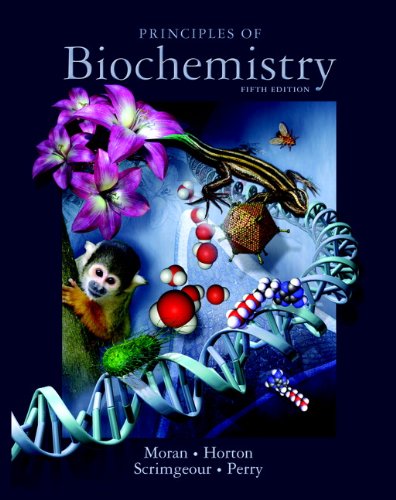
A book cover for Principles of Biochemistry (5th Edition); Laurence A. Moran; Engineering & Transportation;